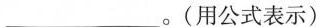
___。(用公式表示)